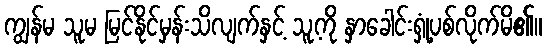
ကျွန်မ သူမ မြင်နိုင်မှန်းသိလျက်နှင့် သူ့ကို နှာခေါင်းရှုံ့ပစ်လိုက်မိ၏။